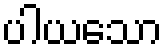
ပါယသော